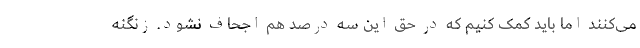
می‌کنند اما باید کمک کنیم که در حق این سه درصد هم اجحاف نشود. زنگنه